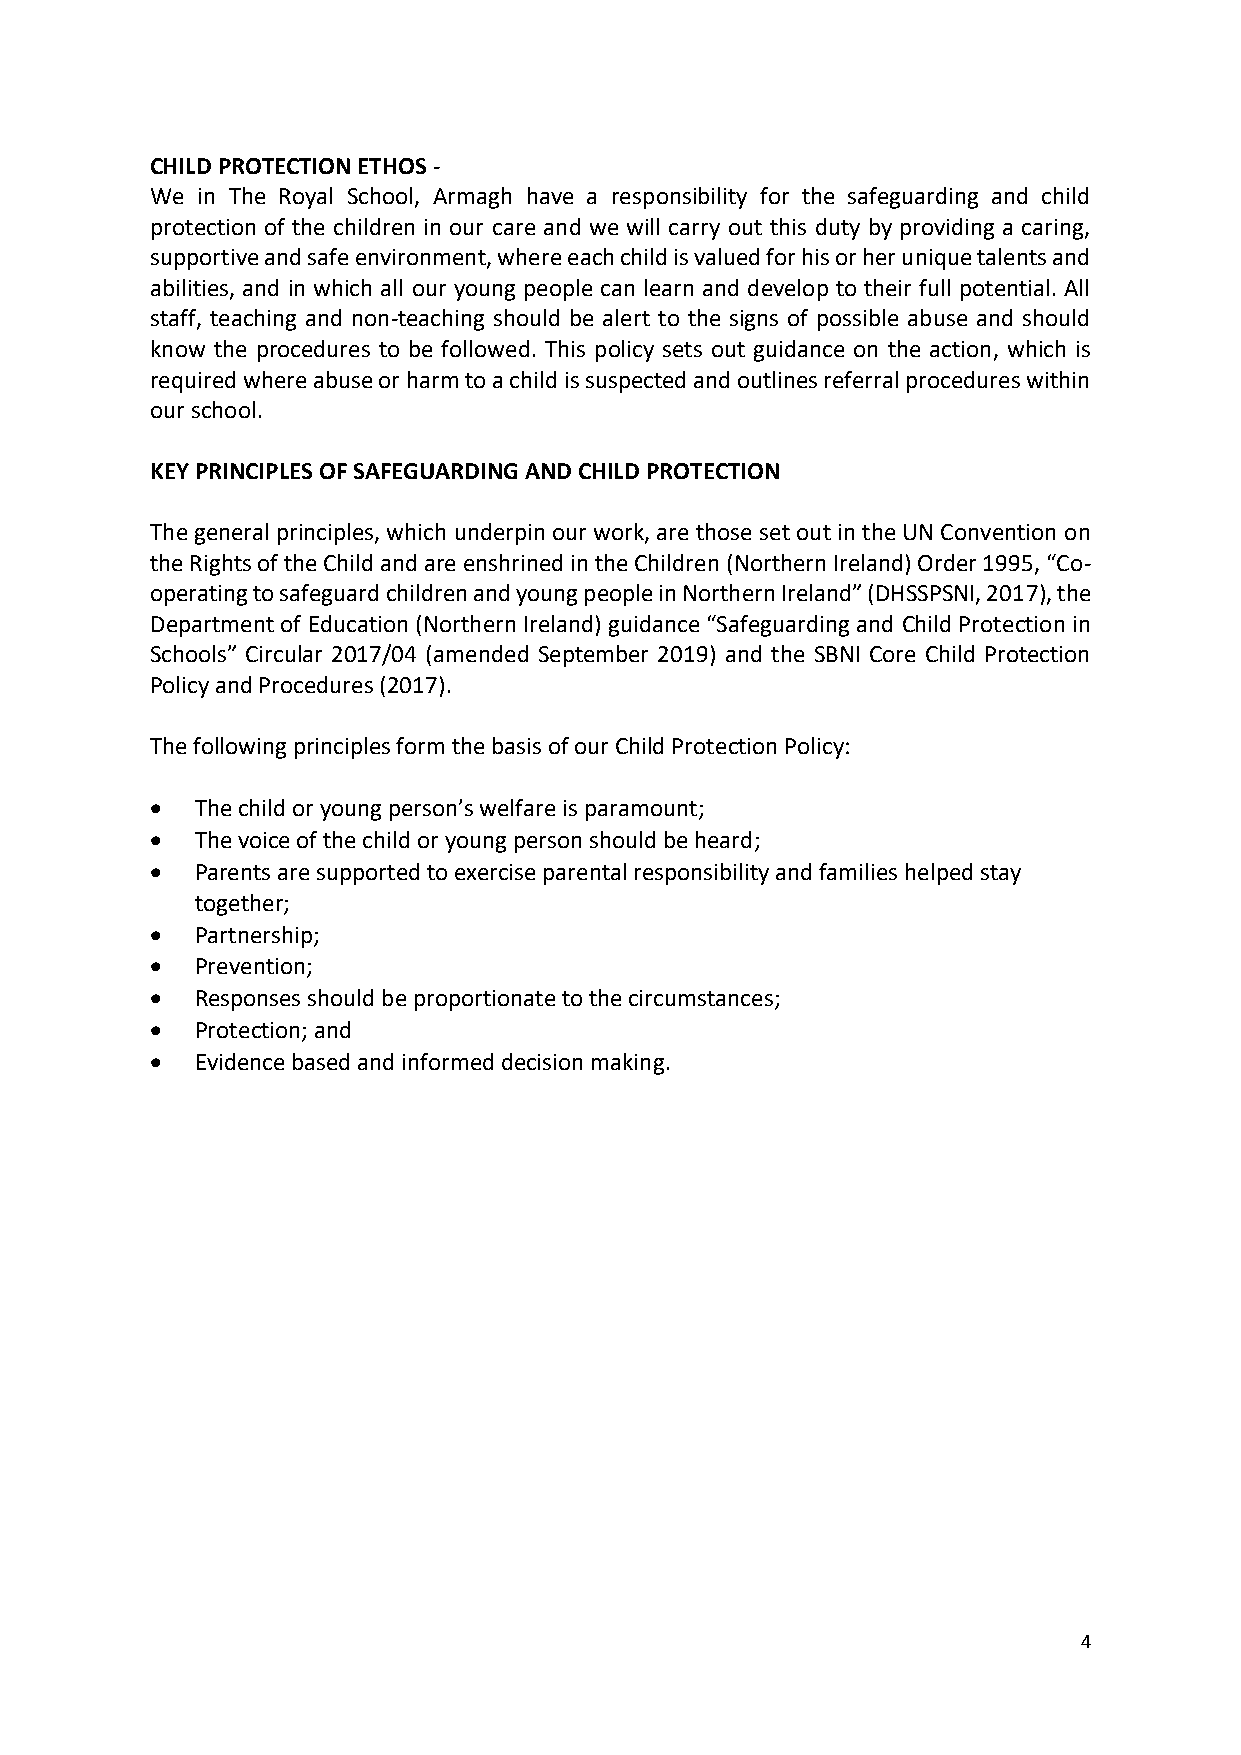
CHILD PROTECTION ETHOS -
 We in The Royal School, Armagh have a responsibility for the safeguarding and child
 protection of the children in our care and we will carry out this duty by providing a caring,
 supportive and safe environment, where each child is valued for his or her unique talents and
 abilities, and in which all our young people can learn and develop to their full potential. All
 staff, teaching and non-teaching should be alert to the signs of possible abuse and should
 know the procedures to be followed. This policy sets out guidance on the action, which is
 required where abuse or harm to a child is suspected and outlines referral procedures within
 our school.
 KEY PRINCIPLES OF SAFEGUARDING AND CHILD PROTECTION
 The general principles, which underpin our work, are those set out in the UN Convention on
 the Rights of the Child and are enshrined in the Children (Northern Ireland) Order 1995, “Co-
 operating to safeguard children and young people in Northern Ireland” (DHSSPSNI, 2017), the
 Department of Education (Northern Ireland) guidance “Safeguarding and Child Protection in
 Schools” Circular 2017/04 (amended September 2019) and the SBNI Core Child Protection
 Policy and Procedures (2017).
 The following principles form the basis of our Child Protection Policy:
   The child or young person’s welfare is paramount;
   The voice of the child or young person should be heard;
   Parents are supported to exercise parental responsibility and families helped stay
 together;
   Partnership;
   Prevention;
   Responses should be proportionate to the circumstances;
   Protection; and
   Evidence based and informed decision making.
 4